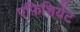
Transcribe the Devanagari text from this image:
एफ़िशियेंट